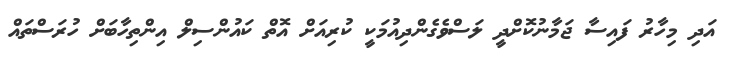
އަދި މިހާރު ފައިސާ ޖަމާނުކޮށްދީ ލަސްވެގެންދިއުމަކީ ކުރިއަށް އޮތް ކައުންސިލް އިންތިހާބަށް ހުރަސްތައް